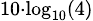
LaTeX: \scriptstyle 10\cdot\log_{10}(4)